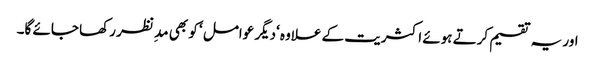
اور یہ تقسیم کرتے ہوئے اکثریت کے علاوہ ‘دیگر عوامل ‘ کو بھی مد ِ نظر رکھا جائے گا۔